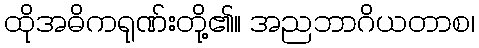
ထိုအဓိကရုဏ်းတို့၏။ အညဘာဂိယတာစ၊